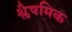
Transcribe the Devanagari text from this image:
श्लैषमिक